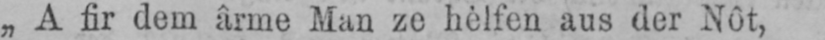
„A fir dem ârme Man ze hèlfen aus der Nôt,